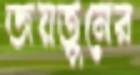
জয়তুনের